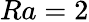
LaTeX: Ra=2